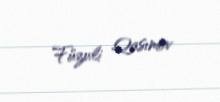
Füzuli Qasımov